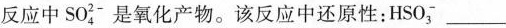
反应中SO_{4}^{2-}是氧化产物。该反应中还原性；HSO_{3}^{-}___